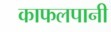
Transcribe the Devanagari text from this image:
काफलपानी